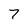
Character: 7